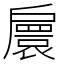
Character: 𢩠